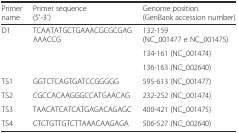
<table><thead><tr><td><b>Primer name</b></td><td><b>Primer sequence (5′-3′)</b></td><td><b>Genome position (GenBank accession number)</b></td></tr></thead><tbody><tr><td rowspan="3">D1</td><td rowspan="3">TCAATATGCTGAAACGCGCGAGAAACCG</td><td>132-159 (NC_001477 e NC_001475)</td></tr><tr><td>134-161 (NC_001474)</td></tr><tr><td>136-163 (NC_002640)</td></tr><tr><td>TS1</td><td>GGTCTCAGTGATCCGGGGG</td><td>595-613 (NC_001477)</td></tr><tr><td>TS2</td><td>CGCCACAAGGGCCATGAACAG</td><td>232-252 (NC_001474)</td></tr><tr><td>TS3</td><td>TAACATCATCATGAGACAGAGC</td><td>400-421 (NC_001475)</td></tr><tr><td>TS4</td><td>CTCTGTTGTCTTAAACAAGAGA</td><td>506-527 (NC_002640)</td></tr></tbody></table>